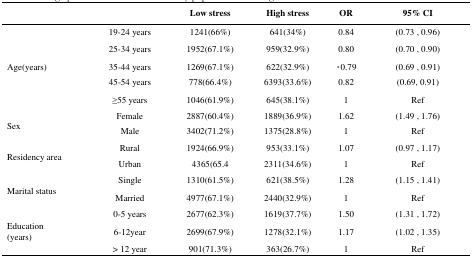
<table><thead><tr><td></td><td></td><td><b>Low stress</b></td><td><b>High stress</b></td><td><b>OR</b></td><td><b>95% CI</b></td></tr></thead><tbody><tr><td rowspan="5">Age(years)</td><td>19–24 years</td><td>1241(66%)</td><td>641(34%)</td><td>0.84</td><td>(0.73, 0.96)</td></tr><tr><td>25–34 years</td><td>1952(67.1%)</td><td>959(32.9%)</td><td>0.80</td><td>(0.70, 0.90)</td></tr><tr><td>35–44 years</td><td>1269(67.1%)</td><td>622(32.9%)</td><td>00.79</td><td>(0.69, 0.91)</td></tr><tr><td>45–54 years</td><td>778(66.4%)</td><td>6393(33.6%)</td><td>0.82</td><td>(0.69, 0.91)</td></tr><tr><td>≤55 years</td><td>1046(61.9%)</td><td>645(38.1%)</td><td>1</td><td>Ref</td></tr><tr><td rowspan="2">Sex</td><td>Female</td><td>2887(60.4%)</td><td>1889(36.9%)</td><td>1.62</td><td>(1.49, 1.76)</td></tr><tr><td>Male</td><td>3402(71.2%)</td><td>1375(28.8%)</td><td>1</td><td>Ref</td></tr><tr><td rowspan="2">Residency area</td><td>Rural</td><td>1924(66.9%)</td><td>953(33.1%)</td><td>1.07</td><td>(0.97, 1.17)</td></tr><tr><td>Urban</td><td>4365(65.4</td><td>2311(34.6%)</td><td>1</td><td>Ref</td></tr><tr><td rowspan="2">Marital status</td><td>Single</td><td>1310(61.5%)</td><td>621(38.5%)</td><td>1.28</td><td>(1.15, 1.41)</td></tr><tr><td>Married</td><td>4977(67.1%)</td><td>2440(32.9%)</td><td>1</td><td>Ref</td></tr><tr><td rowspan="3">Education (years)</td><td>0–5 years</td><td>2677(62.3%)</td><td>1619(37.7%)</td><td>1.50</td><td>(1.31, 1.72)</td></tr><tr><td>6–12year</td><td>2699(67.9%)</td><td>1278(32.1%)</td><td>1.17</td><td>(1.02, 1.35)</td></tr><tr><td>&gt; 12 year</td><td>901(71.3%)</td><td>363(26.7%)</td><td>1</td><td>Ref</td></tr></tbody></table>